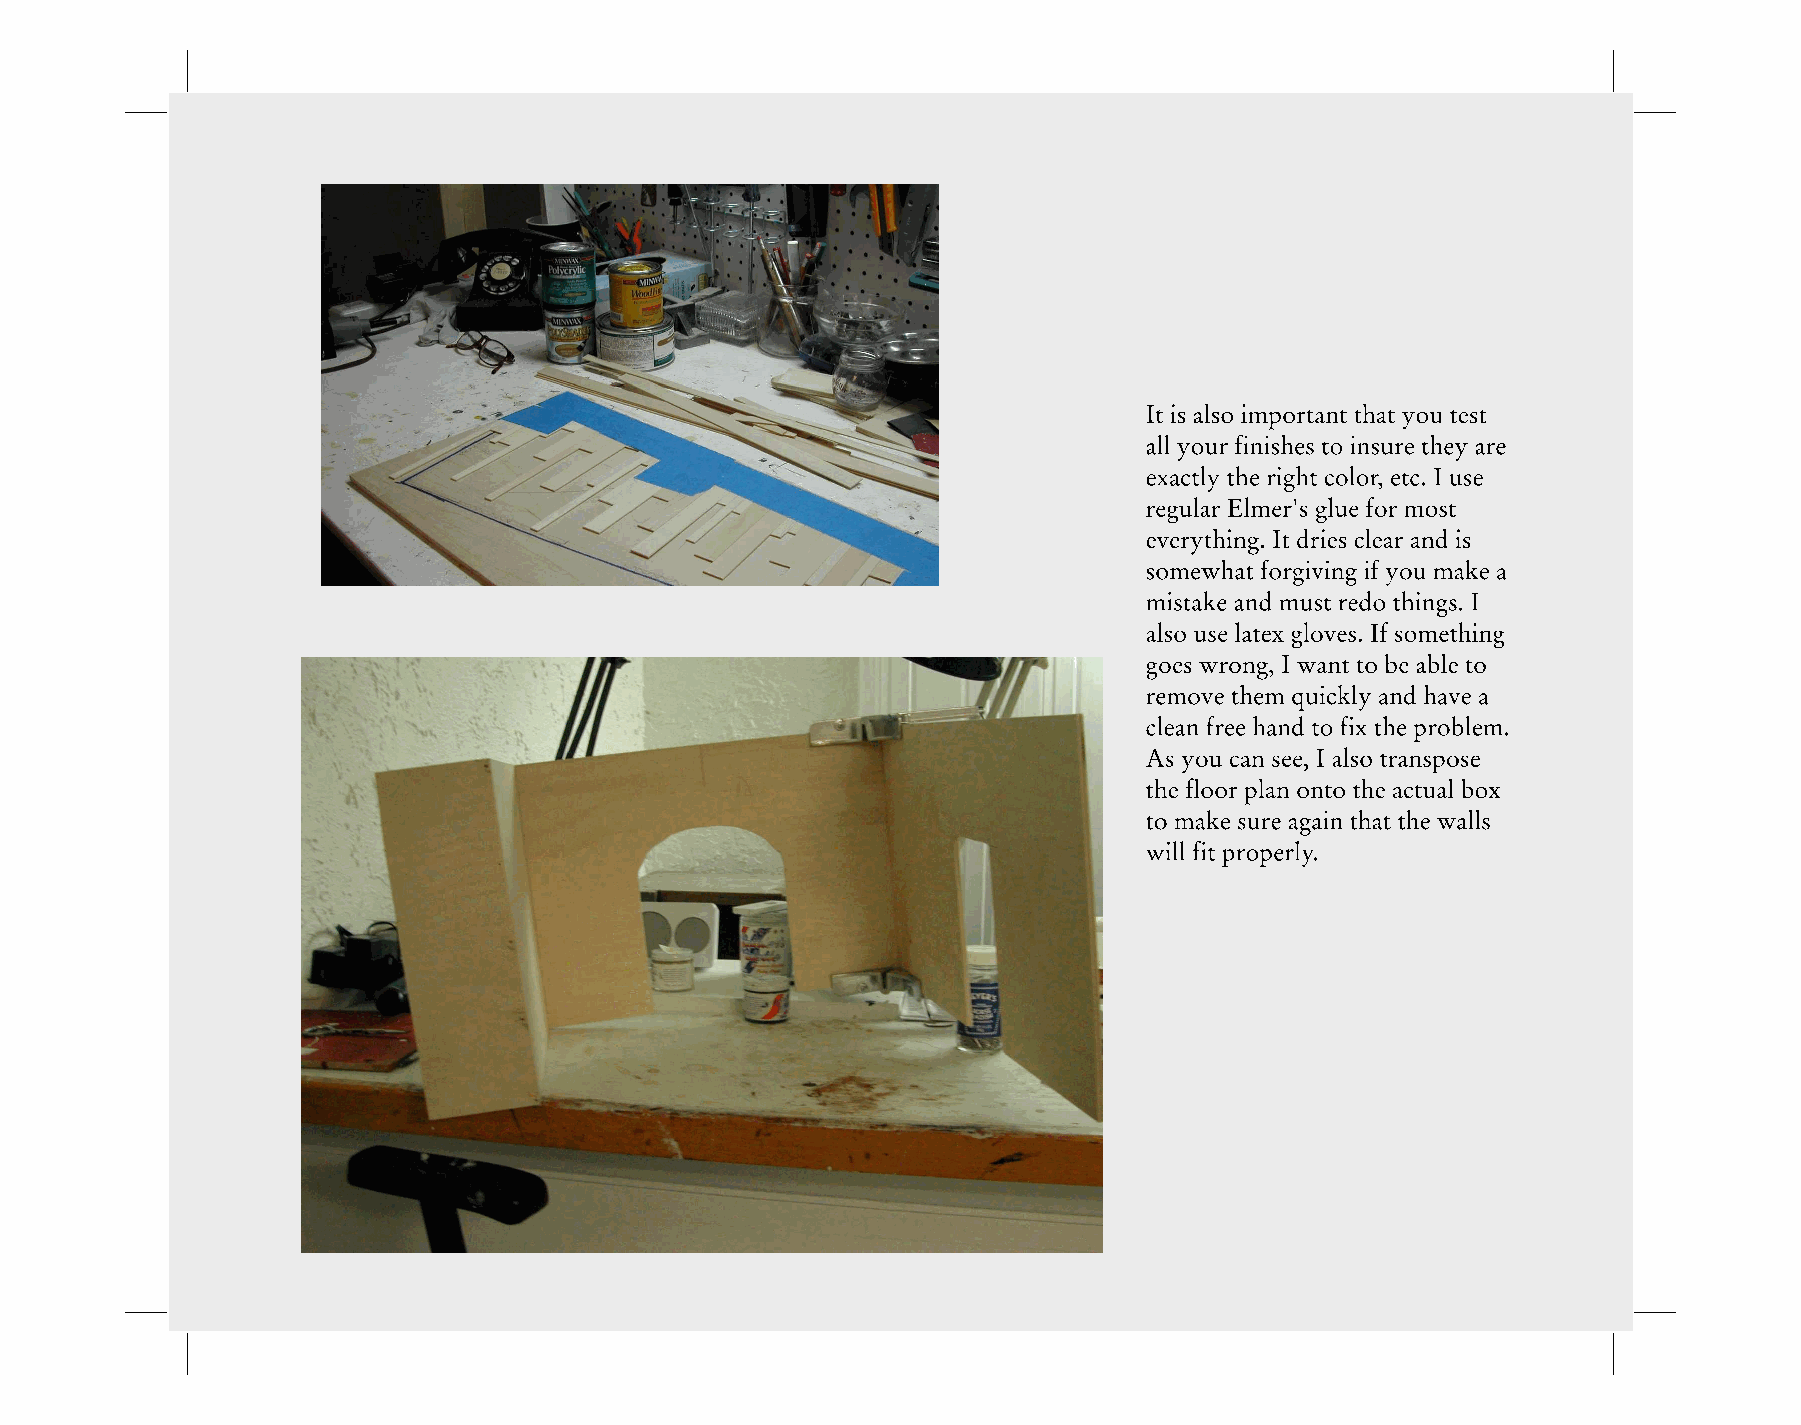
It is also important that you test
 all your finishes to insure they are
 exactly the right color, etc. I use
 regular Elmer's glue for most
 everything. It dries clear and is
 somewhat forgiving if you make a
 mistake and must redo things. I
 also use latex gloves. If something
 goes wrong, I want to be able to
 remove them quickly and have a
 clean free hand to fix the problem.
 As you can see, I also transpose
 the floor plan onto the actual box
 to make sure again that the walls
 will fit properly.